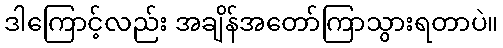
ဒါကြောင့်လည်း အချိန်အတော်ကြာသွားရတာပဲ။